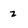
Character: z